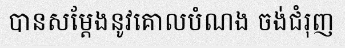
បានសម្តែងនូវគោលបំណង ចង់ជំរុញ